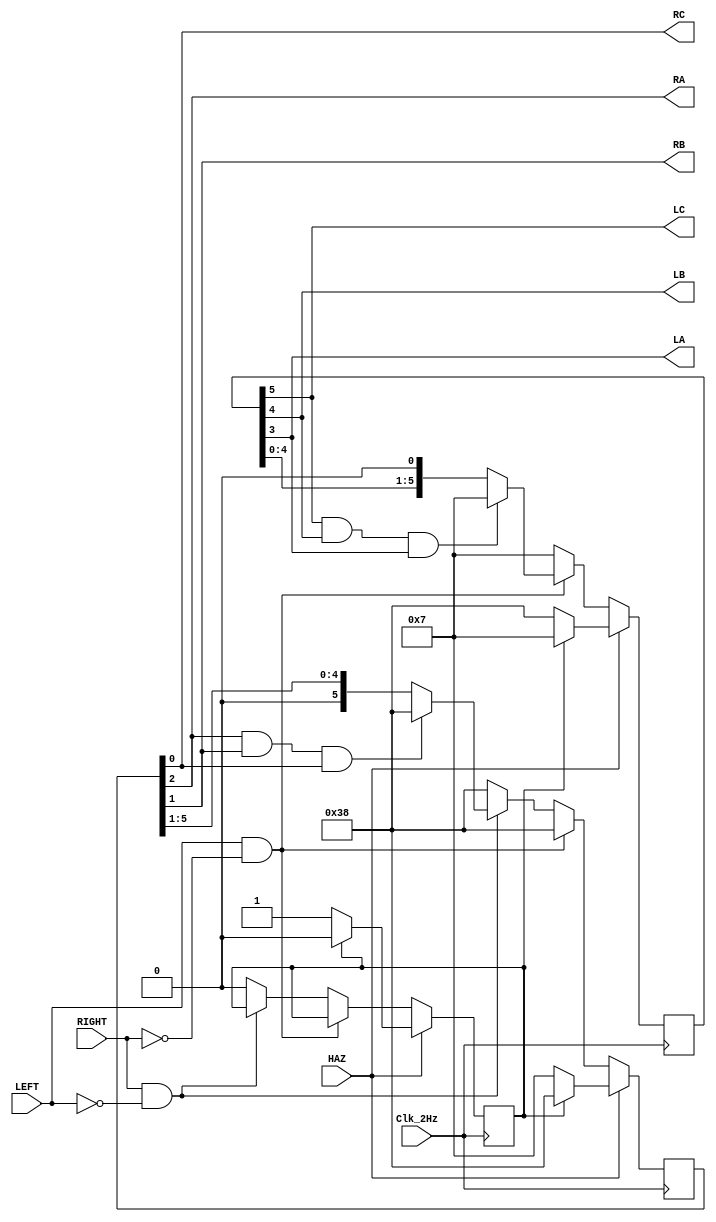
//--------------------------------------------------------
//--------------Thunderbird Tail Light--------------------
//Version 1.0---------------------------------------------

module TailLight(
input Clk_2Hz,
input LEFT,RIGHT,HAZ,
output LC,LB,LA,RA,RB,RC
);

reg [5:0] LEDR= 6'b111000;
reg [5:0] LEDL= 6'b000111;
reg isHAZ=0;

assign {LC,LB,LA}=LEDL[5:3];
assign {RA,RB,RC}=LEDR[2:0];


always @(posedge Clk_2Hz)
begin

	if(HAZ)
		begin//begin HAZ
			if(isHAZ)
				begin
					LEDL<=6'b000111;
					LEDR<=6'b111000;
					isHAZ<=0;
				end
			else
				begin
					isHAZ <= 1;
					LEDR <= 6'b000111;
					LEDL <= 6'b111000;
				end
		end//end HAZ
	else if(LEFT & ~RIGHT)
			begin//begin LEFT
				LEDR <= 6'b111000;
				if(LC & LB & LA)
					LEDL <= 6'b000111;
				else
					LEDL <= LEDL << 1;
			end//end LEFT	
		else if(RIGHT & ~LEFT)
			begin//begin RIGHT
				LEDL <= 6'b000111;
				if(RA & RB & RC)
					LEDR <= 6'b111000;
				else
					LEDR <= LEDR >> 1;
			end//end RIGHT	
		else //OFF statment
			begin
			LEDL<=6'b000111;
			LEDR<=6'b111000;
			isHAZ<=0;
			end
			

end


endmodule